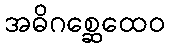
အဓိဂစ္ဆေထေဝ